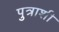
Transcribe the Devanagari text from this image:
पुत्राशी